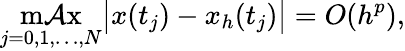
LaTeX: \operatorname*{m\mathcal{A}x}_{j=0,1,\ldots,N}\bigl|x(t_{j})-x_{h}(t_{j})\bigr|=O(h^{p}),